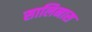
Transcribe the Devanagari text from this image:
सालिनास